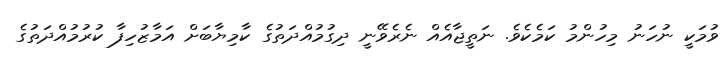
ވުމަކީ ނުހަނު މިހުންމު ކަމެކެވެ. ނަތީޖާއެއް ނެރެވޭނީ ދިގުމުއްދަތުގެ ކާމިޔާބަށް އަމާޒުހިފާ ކުރުމުއްދަތުގެ